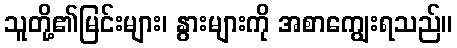
သူတို့၏မြင်းများ၊ နွားများကို အစာကျွေးရသည်။